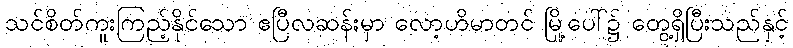
သင်စိတ်ကူးကြည့်နိုင်သော ဧပြီလဆန်းမှာ လော့ဟိမာတင် မြို့ပေါ်၌ တွေ့ရှိပြီးသည်နှင့်